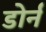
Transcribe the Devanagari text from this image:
डोर्न